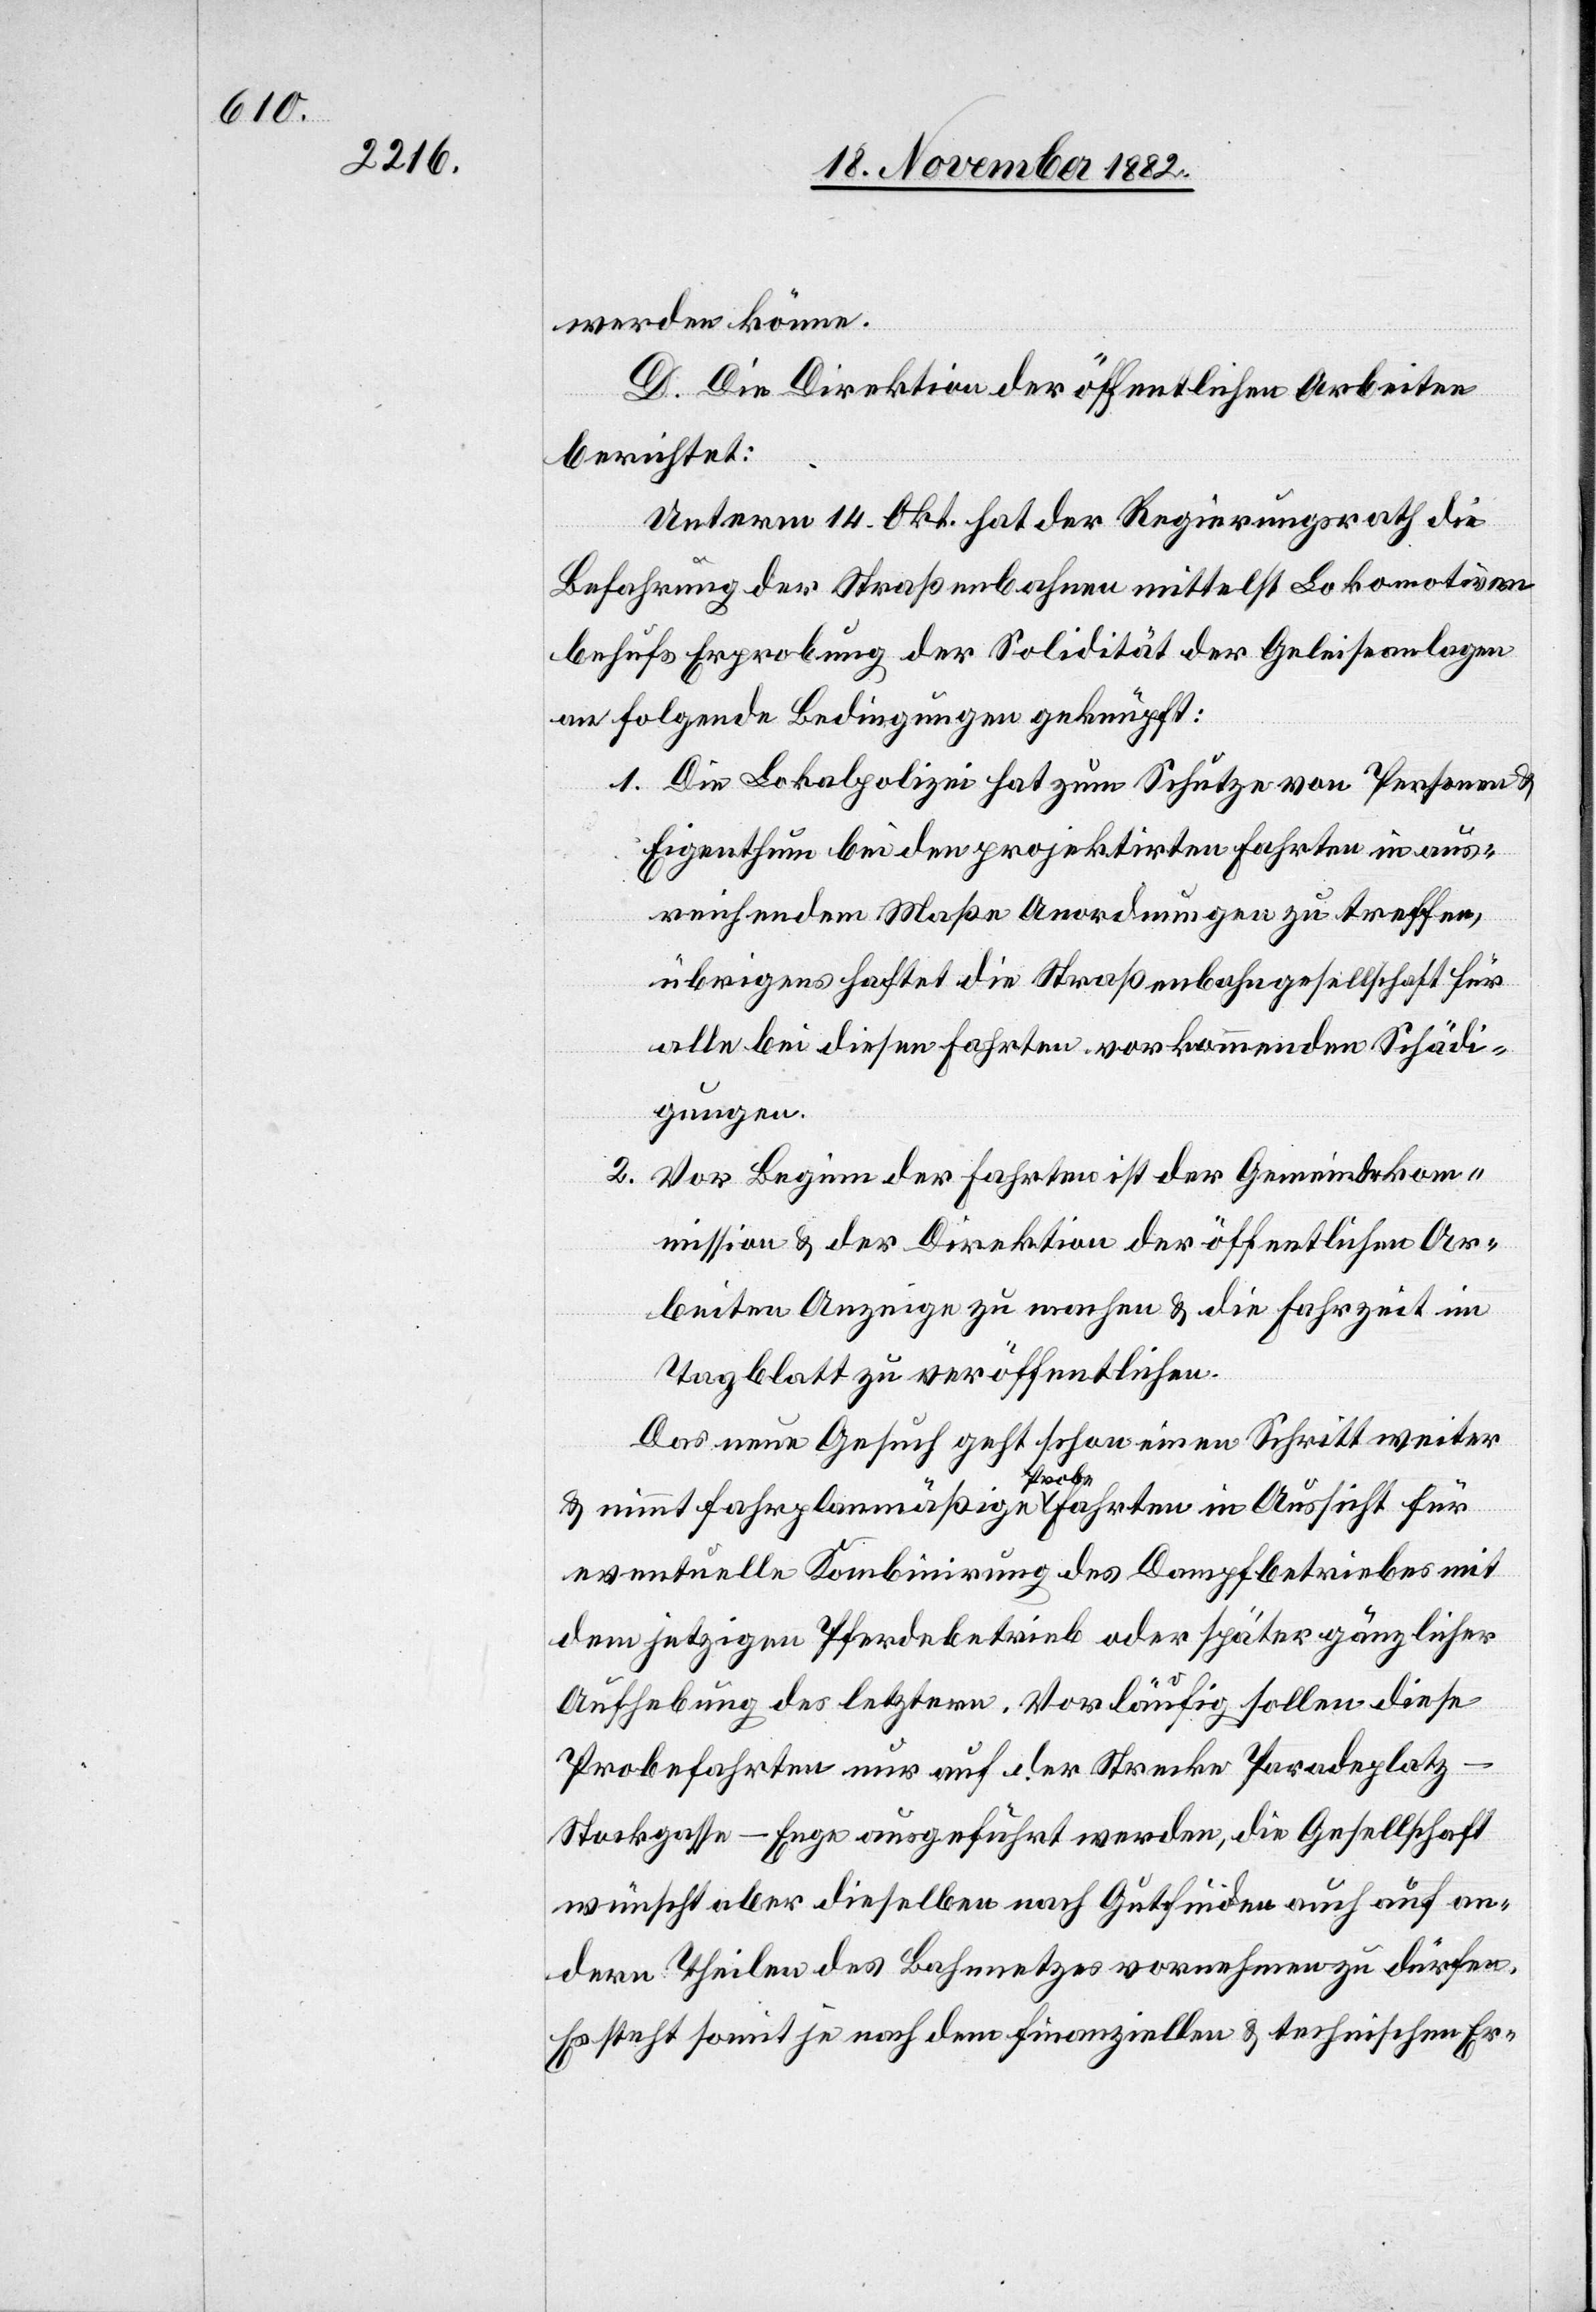
werden könne.
D. Die Direktion der öffentlichen Arbeiten
berichtet:
Unterm 14. Okt. hat der Regierungsrath die
Befahrung der Straßenbahnen mittelst Lokomotiven
behufs Erprobung der Solidität der Geleiseanlagen
an folgende Bedingungen geknüpft:
1. Die Lokalpolizei hat zum Schutze von Personen &
Eigenthum bei den projektirten Fahrten in aus¬
reichendem Maße Anordnungen zu treffen,
übrigens haftet die Straßenbahngesellschaft für
alle bei diesen Fahrten vorkommenden Schädi¬
gungen.
Vor Beginn der Fahrten ist der Gemeindekom¬
2.
mission & der Direktion der öffentlichen Ar¬
beiten Anzeige zu machen & die Fahrzeit im
Tagblatt zu veröffentlichen.
Das neue Gesuch geht schon einen Schritt weiter
& nimmt fahrplanmäßige Probefahrten in Aussicht für
eventuelle Kombinirung des Dampfbetriebes mit
dem jetzigen Pferdebetrieb oder später gänzlicher
Aufhebung des letztern. Vorläufig sollen diese
Probefahrten nur auf der Strecke Paradeplatz–S¬
tockgasse–Enge ausgeführt werden, die Gesellschaft
wünscht aber dieselben nach Gutfinden auch auf an¬
dern Theilen des Bahnnetzes vornehmen zu dürfen.
Es steht somit je nach dem finanziellen & technischen Er-